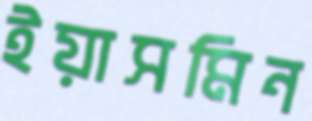
ইয়াসমিন